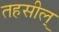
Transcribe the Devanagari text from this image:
तहसील्